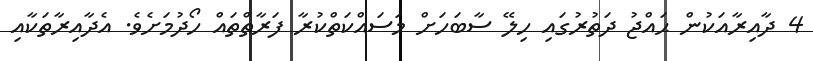
4 ދާއިރާއަކުން ޙައްޖު ދަތުރުގައި ހިލޭ ސާބަހަށް މަސައްކަތްކުރާ ފަރާތްތައް ހޯދުމަށެވެ. އެދާއިރާތަކާއި